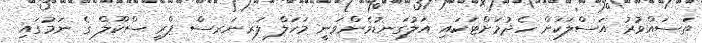
ތަސައްވުރު އަސްލަކަށް ހެދުމަށްޓަކައި އަލުގަނޑުމެންވަނީ މަހަލް ލަރނަރސް ޕްރީ ސްކޫލް ގެ ނަމުގައި